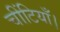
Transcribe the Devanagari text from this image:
चींटियाँ।